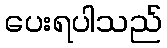
ပေးရပါသည်